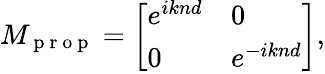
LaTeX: M_{\mathrm{~p~r~o~p~}}=\left[\begin{array}{ll}{e^{iknd}}&{0}\\ {0}&{e^{-iknd}}\end{array}\right],